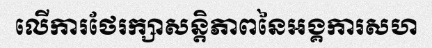
លើការថែរក្សាសន្តិភាពនៃអង្គការសហ